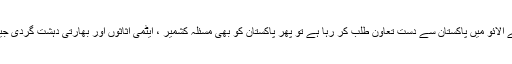
اگر امریکہ اپنی جان خلاصی کے لیے ا فغا نستا ن کے دھکتے الائو میں پاکستان سے دست تعاون طلب کر رہا ہے تو پھر پاکستان کو بھی مسئلہ کشمیر ، ایٹمی اثاثوں اور بھارتی دہشت گردی جیسے اہم مسائل پر امریکہ سے جوابی تعاون طلب کرنا چاہیے۔